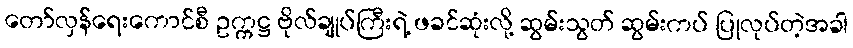
တော်လှန်ရေးကောင်စီ ဥက္ကဋ္ဌ ဗိုလ်ချုပ်ကြီးရဲ့ ဖခင်ဆုံးလို့ ဆွမ်းသွတ် ဆွမ်းကပ် ပြုလုပ်တဲ့အခါ